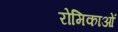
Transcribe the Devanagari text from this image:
रोमिकाओं